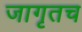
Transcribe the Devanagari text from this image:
जागृतच